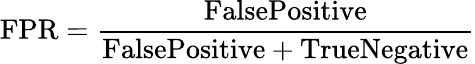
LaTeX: \textrm{FPR}=\frac{\textrm{FalsePositive}}{\textrm{FalsePositive}+\textrm{TrueNegative}}